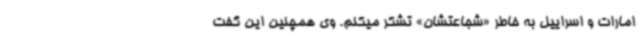
امارات و اسراییل به خاطر «شجاعتشان» تشکر میکنم. وی همچنین این گفت